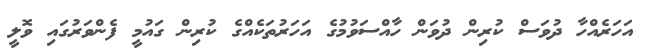
އަހަރެއްހާ ދުވަސް ކުރިން ދުވަން ހާއްސަވުމުގެ އަހަރުތަކެއްގެ ކުރިން ގައުމީ ފެންވަރުގައި ވޮލީ